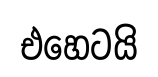
එහෙටයි